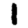
Digit: 1